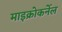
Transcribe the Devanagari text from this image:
माइक्रोकर्नेल